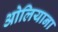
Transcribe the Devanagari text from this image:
ओलियाना